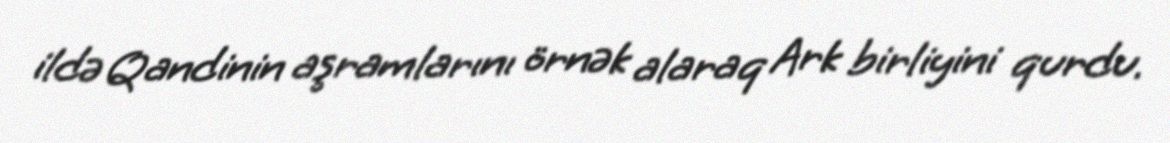
ildə Qandinin aşramlarını örnək alaraq Ark birliyini qurdu.